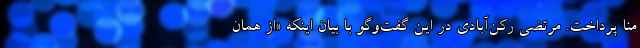
منا پرداخت. مرتضی رکن‌آبادی در این گفت‌وگو با بیان اینکه «از همان